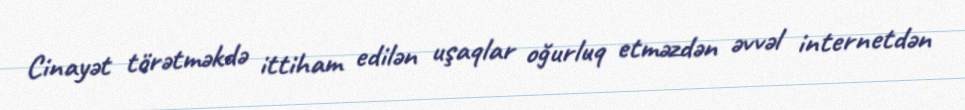
Cinayət törətməkdə ittiham edilən uşaqlar oğurluq etməzdən əvvəl internetdən